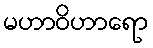
မဟာဝိဟာရော